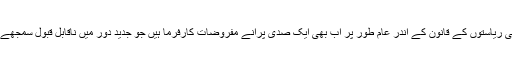
تاہم بہت سی ریاستوں کے قانون کے اندر عام طور پر اب بھی ایک صدی پرانے مفروضات کارفرما ہیں جو جدید دور میں ناقابلِ قبول سمجھے جاتے ہیں۔